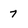
Character: 7